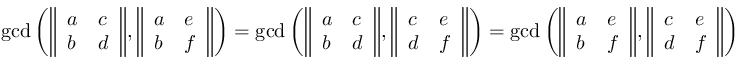
\operatorname* { g c d } \left( { \left\Vert \begin{array} { l l } { a } & { c } \\ { b } & { d } \end{array} \right\Vert } , { \left\Vert \begin{array} { l l } { a } & { e } \\ { b } & { f } \end{array} \right\Vert } \right) = \operatorname* { g c d } \left( { \left\Vert \begin{array} { l l } { a } & { c } \\ { b } & { d } \end{array} \right\Vert } , { \left\Vert \begin{array} { l l } { c } & { e } \\ { d } & { f } \end{array} \right\Vert } \right) = \operatorname* { g c d } \left( { \left\Vert \begin{array} { l l } { a } & { e } \\ { b } & { f } \end{array} \right\Vert } , { \left\Vert \begin{array} { l l } { c } & { e } \\ { d } & { f } \end{array} \right\Vert } \right)